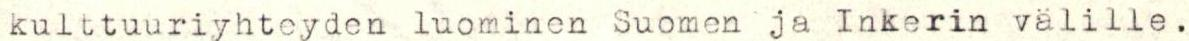
kulttuuriyhteyden luominen Suomen ja Inkerin välille.